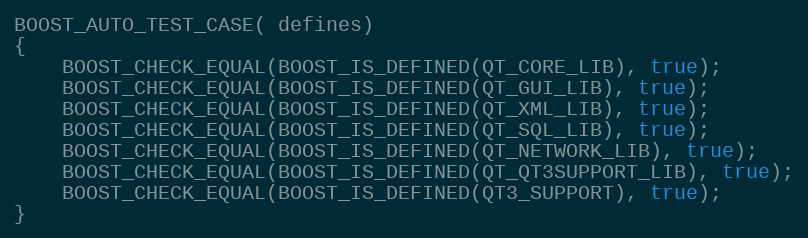
Language: C++
BOOST_AUTO_TEST_CASE( defines)
{
    BOOST_CHECK_EQUAL(BOOST_IS_DEFINED(QT_CORE_LIB), true);
    BOOST_CHECK_EQUAL(BOOST_IS_DEFINED(QT_GUI_LIB), true);
    BOOST_CHECK_EQUAL(BOOST_IS_DEFINED(QT_XML_LIB), true);
    BOOST_CHECK_EQUAL(BOOST_IS_DEFINED(QT_SQL_LIB), true);
    BOOST_CHECK_EQUAL(BOOST_IS_DEFINED(QT_NETWORK_LIB), true);
    BOOST_CHECK_EQUAL(BOOST_IS_DEFINED(QT_QT3SUPPORT_LIB), true);
    BOOST_CHECK_EQUAL(BOOST_IS_DEFINED(QT3_SUPPORT), true);
}